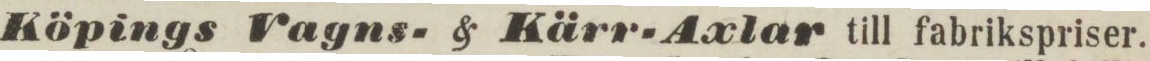
Köpings Vagns- & Kärr-Axlar till fabrikspriser.